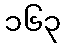
၁၆၃